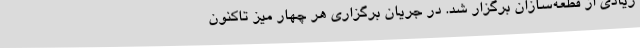
زیادی از قطعه‌سازان برگزار شد. در جریان برگزاری هر چهار میز تاکنون